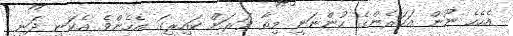
އެހެހެ ނޫން އަހަރެންގެ ހުންނަނީ މިތާ ވަރަށް ކައިރީގަ އެހެންވެ އެކަނި ދަނީ